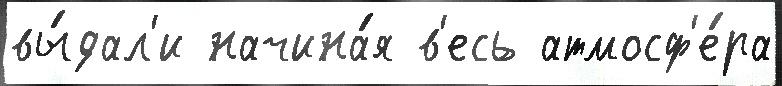
вы́дал'и начина́я в'есь атмосф'е́ра